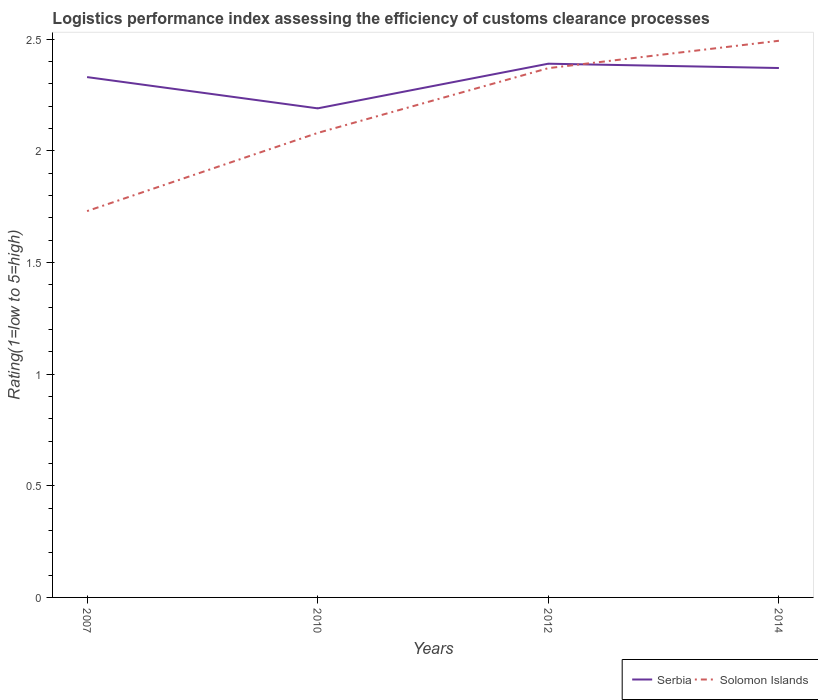
| Years | Serbia | Solomon Islands |
 | --- | --- | --- |
 | 2007 | 2.33 | 1.73 |
 | 2010 | 2.19 | 2.08 |
 | 2012 | 2.39 | 2.37 |
 | 2014 | 2.37 | 2.49 |